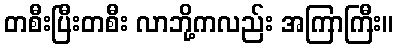
တစီးပြီးတစီး လာဘို့ကလည်း အကြာကြီး။